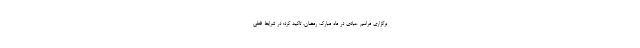
برگزاری مراسم عبادی در ماه مبارک رمضان، تاکید کرد: در شرایط فعلی